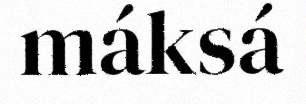
máksá